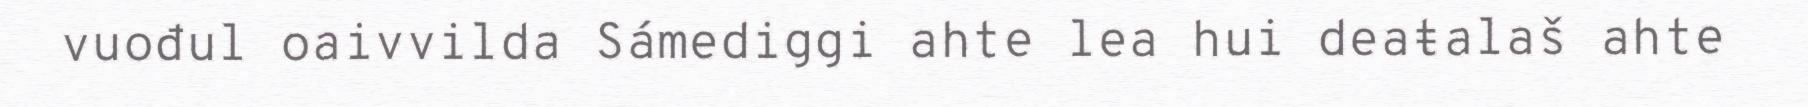
vuođul oaivvilda Sámediggi ahte lea hui deaŧalaš ahte